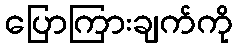
ပြောကြားချက်ကို